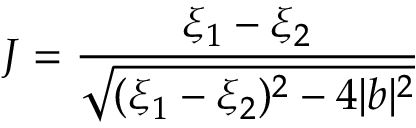
J = { \frac { \xi _ { 1 } - \xi _ { 2 } } { \sqrt { ( \xi _ { 1 } - \xi _ { 2 } ) ^ { 2 } - 4 | b | ^ { 2 } } } }